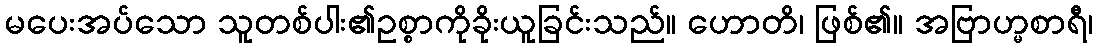
မပေးအပ်သော သူတစ်ပါး၏ဥစ္စာကိုခိုးယူခြင်းသည်။ ဟောတိ၊ ဖြစ်၏။ အဗြာဟ္မစာရီ၊